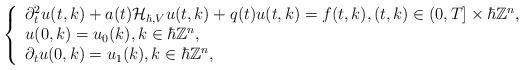
LaTeX: \begin{align*}\left\{\begin{array}{l}\partial_{t}^{2} u(t, k)+a(t)\mathcal{H}_{\hbar,V}u(t, k)+q(t) u(t, k)=f(t,k), (t,k) \in(0,T]\times\hbar\mathbb{Z}^{n}, \\u(0, k)=u_{0}(k), k\in\hbar\mathbb{Z}^{n},\\\partial_{t} u(0, k)=u_{1}(k),k\in\hbar\mathbb{Z}^{n},\end{array}\right.\end{align*}